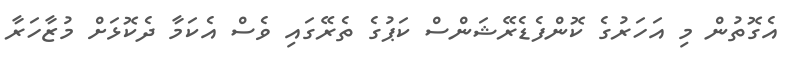
އެގޮތުން މި އަހަރުގެ ކޮންފެޑެރޭޝަންސް ކަޕުގެ ތެރޭގައި ވެސް އެކަމާ ދެކޮޅަށް މުޒާހަރާ